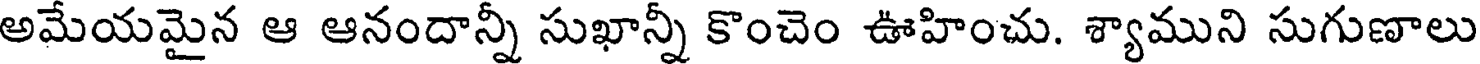
అమేయమైన ఆ ఆనందాన్నీ సుఖాన్నీ కొంచెం ఊహించు. శ్యాముని సుగుణాలు